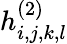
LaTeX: h_{i,j,k,l}^{(2)}